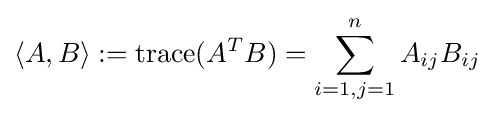
\langle A,B\rangle :={\rm {trace}}(A^{T}B)=\sum _{i=1,j=1}^{n}A_{ij}B_{ij}